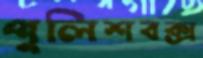
পুলিশবক্স